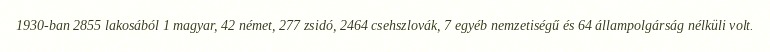
1930-ban 2855 lakosából 1 magyar, 42 német, 277 zsidó, 2464 csehszlovák, 7 egyéb nemzetiségű és 64 állampolgárság nélküli volt.